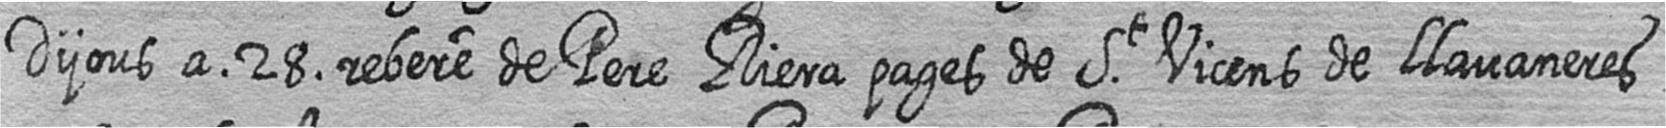
Dijous a 28 rebere de Pere Riera pages de St Vicens de llavaneres